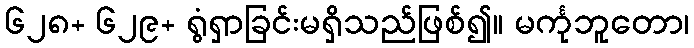
၆၂၈+ ၆၂၉+ ရွံရှာခြင်းမရှိသည်ဖြစ်၍။ မင်္ကုဘူတော၊